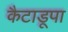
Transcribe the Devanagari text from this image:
कैटाडूपा